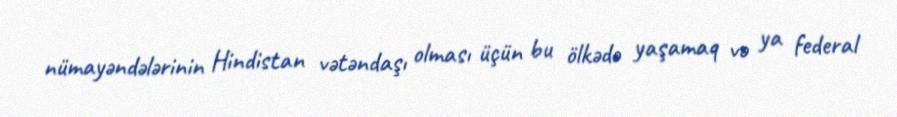
nümayəndələrinin Hindistan vətəndaşı olması üçün bu ölkədə yaşamaq və ya federal